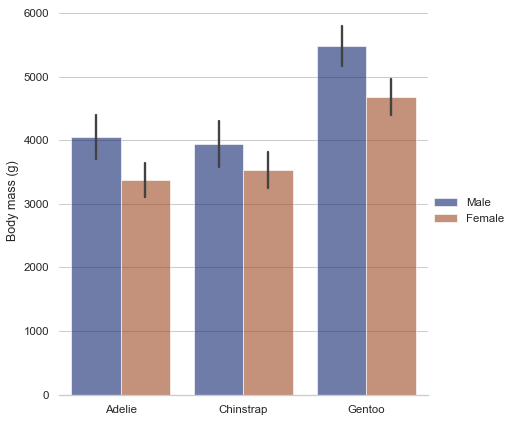
python, seaborn, catplot